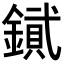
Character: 𨫮